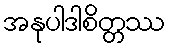
အနုပါဒါစိတ္တဿ